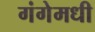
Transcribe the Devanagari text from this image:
गंगेमधी